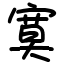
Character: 寞